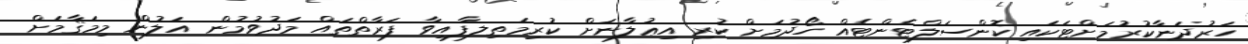
ހަރުދަނާކުރުމަށްޓަކައި ކޮންސަލްޓެންޓެއް ހޯދުމަށް ކުރި އިޢުލާނަށް ކުރިމަތިލފާއިވާ ފަރާތްތައް މަދުވުމުން އަލުން މިމަޤާމަށް